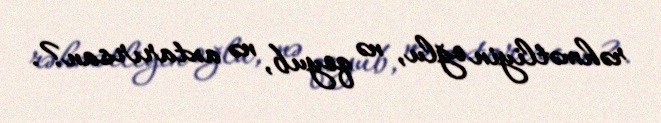
rəhmətliyin oğlu, nə qoyub, nə axtarırsan?.